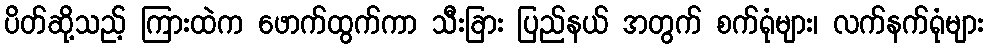
ပိတ်ဆို့သည့် ကြားထဲက ဖောက်ထွက်ကာ သီးခြား ပြည်နယ် အတွက် စက်ရုံများ၊ လက်နက်ရုံများ